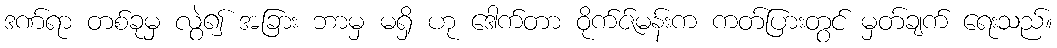
ဒဏ်ရာ တစ်ခုမှ လွဲ၍ အခြား ဘာမှ မရှိ ဟု ဒေါက်တာ ဝိုက်ဇ်မန်းက ကတ်ပြားတွင် မှတ်ချက် ရေးသည်။